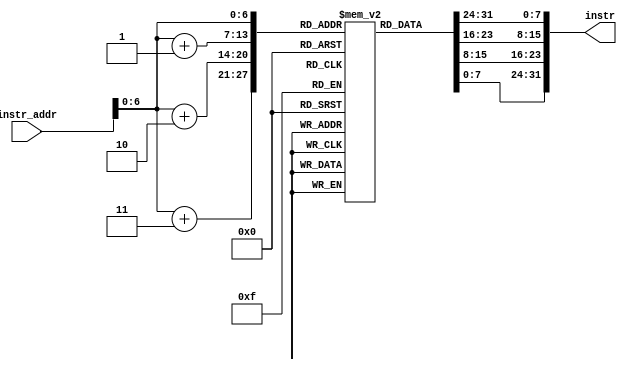
/*
 *	Template for Project 3 Part 2
 *	Copyright (C) 2021  Lee Kai Xuan or any person belong ESSLab.
 *	All Right Reserved.
 *
 *	This program is free software: you can redistribute it and/or modify
 *	it under the terms of the GNU General Public License as published by
 *	the Free Software Foundation, either version 3 of the License, or
 *	(at your option) any later version.
 *
 *	This program is distributed in the hope that it will be useful,
 *	but WITHOUT ANY WARRANTY; without even the implied warranty of
 *	MERCHANTABILITY or FITNESS FOR A PARTICULAR PURPOSE.  See the
 *	GNU General Public License for more details.
 *
 *	You should have received a copy of the GNU General Public License
 *	along with this program.  If not, see <https://www.gnu.org/licenses/>.
 *
 *	This file is for people who have taken the cource (1092 Computer
 *	Organizarion) to use.
 *	We (ESSLab) are not responsible for any illegal use.
 *
 */
 
/*
 * Macro of size declaration of instruction memory
 * CAUTION: DONT MODIFY THE NAME AND VALUE.
 */
`define INSTR_MEM_SIZE	128	// Bytes

/*
 * Declaration of Instruction Memory for this project.
 * CAUTION: DONT MODIFY THE NAME.
 */
module IM(
	// Outputs
	output wire [31:0]instr,
	// Inputs
	input [31:0]instr_addr
);

	/* 
	 * Declaration of instruction memory.
	 * CAUTION: DONT MODIFY THE NAME AND SIZE.
	 */
	reg [7:0]InstrMem[0:`INSTR_MEM_SIZE - 1];

	assign instr = {InstrMem[instr_addr], InstrMem[instr_addr + 1], InstrMem[instr_addr + 2], InstrMem[instr_addr + 3]};
endmodule